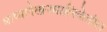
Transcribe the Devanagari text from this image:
भाष्यलेखनमालिकेतील